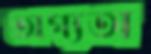
অগ্যতা